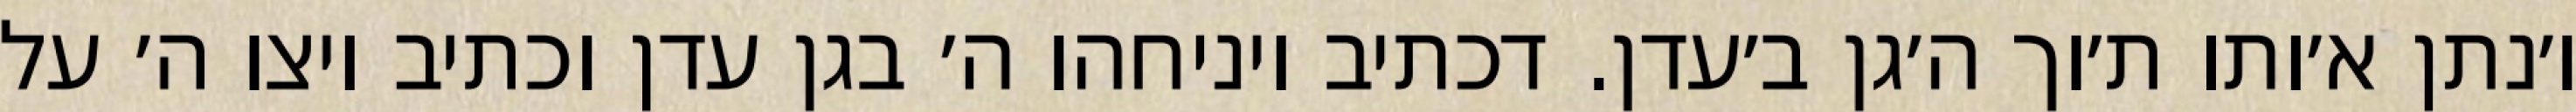
ו׳נתן א׳ותו ת׳וך ה׳גן ב׳עדן. דכתיב ויניחהו ה׳ בגן עדן וכתיב ויצו ה׳ על